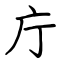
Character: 庁